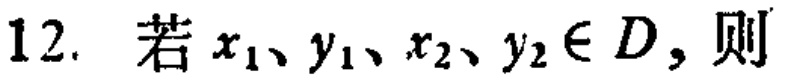
12. 若 \(x_1、y_1、x_2、y_2\in D\)，则